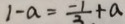
1 - a = \frac { - 1 } { 3 } + a